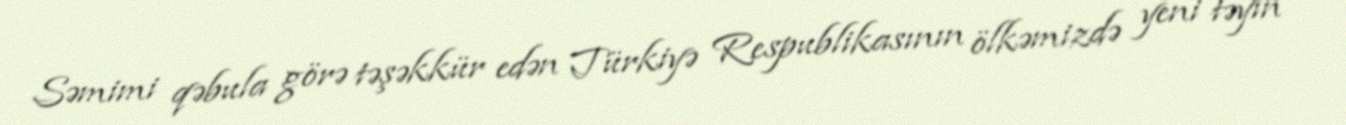
Səmimi qəbula görə təşəkkür edən Türkiyə Respublikasının ölkəmizdə yeni təyin